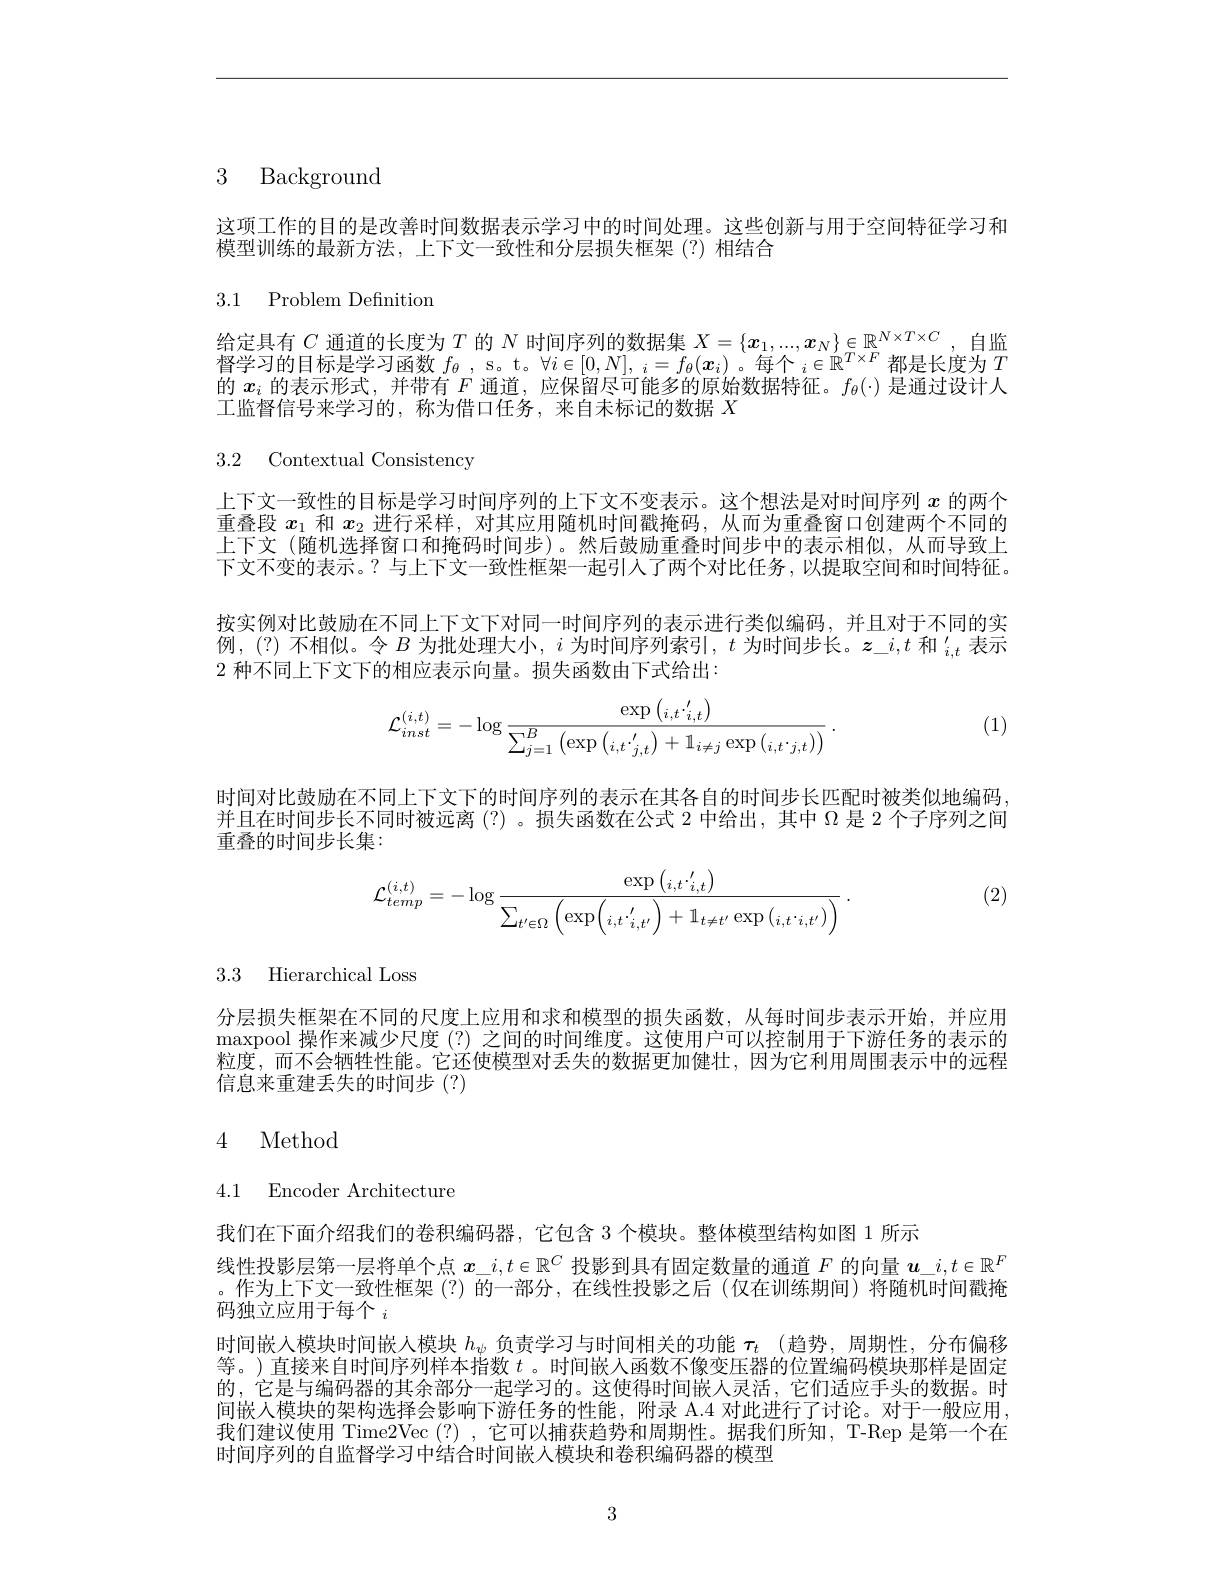
3 Background

这项工作的目的是改善时间数据表示学习中的时间处理。这些创新与用于空间特征学习和
模型训练的最新方法，上下文一致性和分层损失框架(?)相结合

## 3.1 Problem Definition

给定具有$C$通道的长度为$T$的$N$时间序列的数据集$X=\{x_1,...,x_N\}\in\mathbb{R}^{N\times T\times C}$,自监督学习的目标是学习函数 $f_\theta$, s。t。$\forall i\in[0,N],_i=f_\theta(x_i)\text{。每个}_i\in\mathbb{R}^{T\times F}$都是长度为$T$ 的$x_i$的表示形式，并带有$F$通道，应保留尽可能多的原始数据特征。$f_\theta(\cdot)$是通过设计人工监督信号来学习的，称为借口任务，来自未标记的数据$X$

3.2 Contextual Consistency

上下文一致性的目标是学习时间序列的上下文不变表示。这个想法是对时间序列$x$的两个重叠段$x_1$和$x_2$进行采样，对其应用随机时间戳掩码，从而为重叠窗口创建两个不同的上下文 (随机选择窗口和掩码时间步)。然后鼓励重叠时间步中的表示相似，从而导致上下文不变的表示。? 与上下文一致性框架一起引人了两个对比任务，以提取空间和时间特征。

按实例对比鼓励在不同上下文下对同一时间序列的表示进行类似编码，并且对于不同的实例，(?)不相似。令 $B$ 为批处理大小，$i$ 为时间序列索引$,t$ 为时间步长。$\boldsymbol z_i,t\text{ 和 }_i,t^{\prime}$表示2 种不同上下文下的相应表示向量。损失函数由下式给出：

(1)
$$\mathcal{L}_{inst}^{(i,t)}=-\log\frac{\exp\left(_{i,t}\cdot'_{i,t}\right)}{\sum_{j=1}^{B}\left(\exp\left(_{i,t}\cdot'_{j,t}\right)+\mathbb{1}_{i\neq j}\exp\left(_{i,t}\cdot_{j,t}\right)\right)}\:.$$
时间对比鼓励在不同上下文下的时间序列的表示在其各自的时间步长匹配时被类似地编码， 并且在时间步长不同时被远离(?)。损失函数在公式 2 中给出，其中$\Omega$是 2 个子序列之间重叠的时间步长集：

(2)
$$\mathcal{L}_{temp}^{(i,t)}=-\log\frac{\exp\left(_{i,t}\cdot'_{i,t}\right)}{\sum_{t'\in\Omega}\left(\exp\left(_{i,t}\cdot'_{i,t'}\right)+\mathbb{1}_{t\ne t'}\exp\left(_{i,t}\cdot_{i,t'}\right)\right)}\:.$$
3.3 Hierarchical Loss

分层损失框架在不同的尺度上应用和求和模型的损失函数，从每时间步表示开始，并应用$\max$pool 操作来减少尺度(?)之间的时间维度。这使用户可以控制用于下游任务的表示的粒度，而不会牺牲性能。它还使模型对丢失的数据更加健壮，因为它利用周围表示中的远程信息来重建丢失的时间步(?)

# 4 Method

4.1 Encoder Architecture

我们在下面介绍我们的卷积编码器，它包含 3 个模块。整体模型结构如图 1 所示
线性投影层第一层将单个点$\boldsymbol{x}\_i,t\in\mathbb{R}^C$投影到具有固定数量的通道$F$的向量$\boldsymbol{u}\_i,t\in\mathbb{R}^F$ 。作为上下文一致性框架(?)的一部分，在线性投影之后(仅在训练期间)将随机时间戳掩码独立应用于每个$_i$
时间嵌入模块时间嵌人模块$h_\psi$负责学习与时间相关的功能$\tau_t$ (趋势，周期性，分布偏移等。)直接来自时间序列样本指数$t$ 。时间嵌人函数不像变压器的位置编码模块那样是固定的，它是与编码器的其余部分一起学习的。这使得时间嵌人灵活，它们适应手头的数据。时间嵌人模块的架构选择会影响下游任务的性能，附录 A.4 对此进行了讨论。对于一般应用我们建议使用 Time2Vec (?) ,它可以捕获趋势和周期性。据我们所知，T-Rep 是第一个在时间序列的自监督学习中结合时间嵌人模块和卷积编码器的模型

3